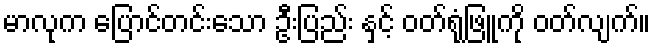
မာလုက ပြောင်တင်းသော ဦးပြည်း နှင့် ဝတ်ရုံဖြူကို ဝတ်လျက်။